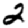
Digit: 2